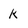
Character: K